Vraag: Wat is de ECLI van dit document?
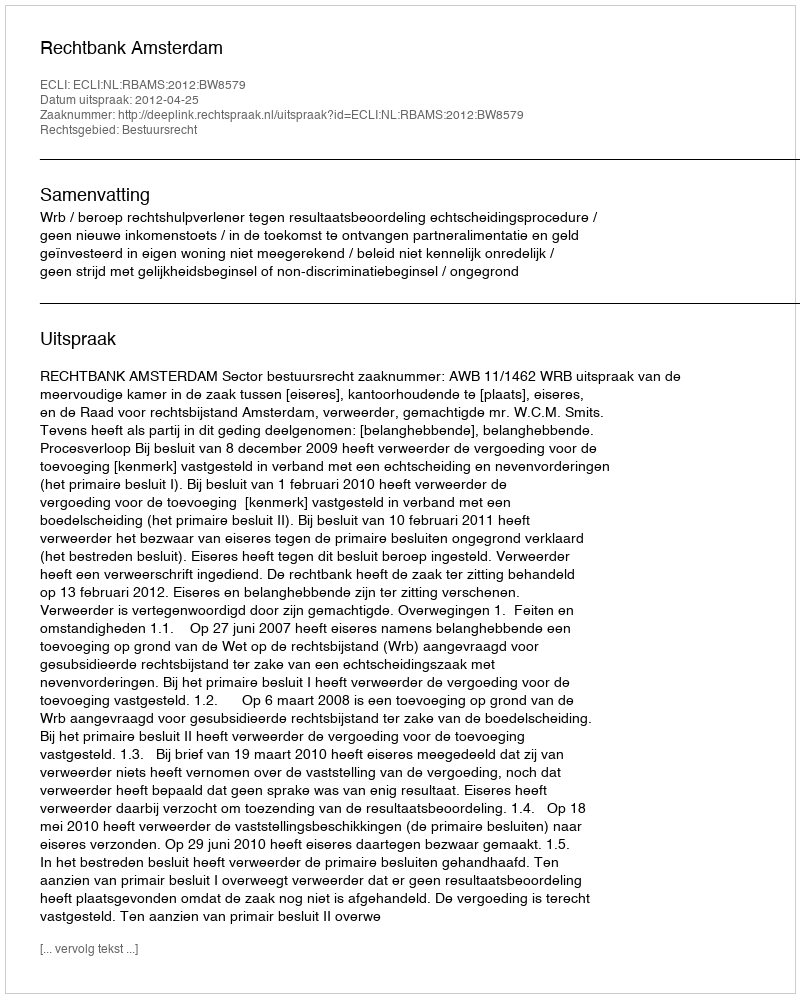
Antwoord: ECLI:NL:RBAMS:2012:BW8579